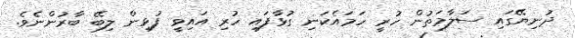
ދުނިޔޭގައި ސަލާމަތުން ހުރީ ހަމައެކަނި ގުޅާފައި ހުރި އައިވީ ފުޅިން ލިބޭ ބާރުންނެވެ.